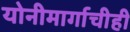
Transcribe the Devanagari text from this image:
योनीमार्गाचीही